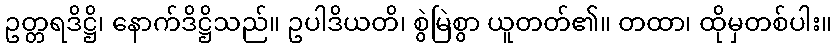
ဥတ္တရဒိဋ္ဌိ၊ နောက်ဒိဋ္ဌိသည်။ ဥပါဒိယတိ၊ စွဲမြဲစွာ ယူတတ်၏။ တထာ၊ ထိုမှတစ်ပါး။